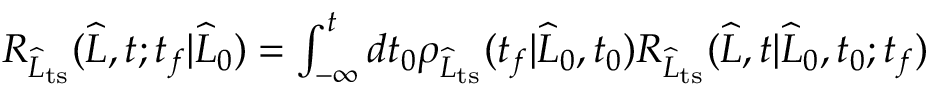
\begin{array} { r } { R _ { \widehat { L } _ { \mathrm { t s } } } ( \widehat { L } , t ; t _ { f } | \widehat { L } _ { 0 } ) = \int _ { - \infty } ^ { t } d t _ { 0 } \rho _ { \widehat { L } _ { \mathrm { t s } } } ( t _ { f } | \widehat { L } _ { 0 } , t _ { 0 } ) R _ { \widehat { L } _ { \mathrm { t s } } } ( \widehat { L } , t | \widehat { L } _ { 0 } , t _ { 0 } ; t _ { f } ) } \end{array}